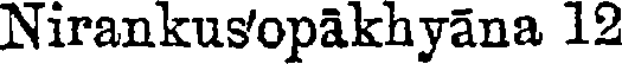
Nirankusopakhyana 12